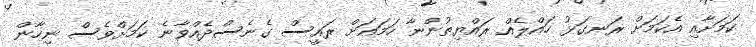
ކަމަށާއި އެކަމަށް ރަނގަޅު ހައްލެއް ރައްޔިތުންނާ ހަމައަށް ރައީސް ގެނެސްދެއްވާނެ ކަމަށްވެސް ނިހާން